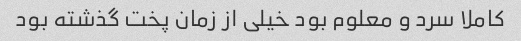
کاملا سرد و معلوم بود خیلی از زمان پخت گذشته بود